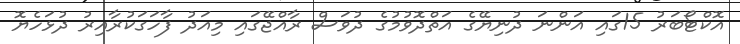
އޮކްޓޯބަރު 15ގައި އަންނަ ދުނިޔޭގެ އަތްދޮވުމުގެ ދުވަސް ރާއްޖޭގައި މިއަދު ފާހަގަކުރާއިރު ދުޅަހެޔޮ